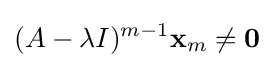
(A-\lambda I)^{m-1}\mathbf {x} _{m}\neq \mathbf {0}